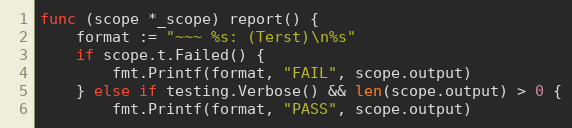
Language: Go
func (scope *_scope) report() {
	format := "~~~ %s: (Terst)\n%s"
	if scope.t.Failed() {
		fmt.Printf(format, "FAIL", scope.output)
	} else if testing.Verbose() && len(scope.output) > 0 {
		fmt.Printf(format, "PASS", scope.output)